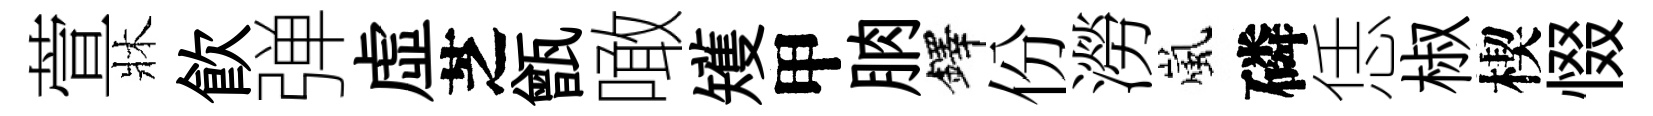
萱牀飮弹虚芝甑噉矱甲朒鐸份澇嵐磷恁椒楔惙